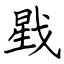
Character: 戥